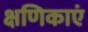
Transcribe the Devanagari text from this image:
क्षणिकाएं